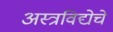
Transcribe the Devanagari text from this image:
अस्त्रविद्येचे